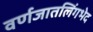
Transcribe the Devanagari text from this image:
वर्णजातलिंगभेद